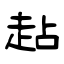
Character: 趈